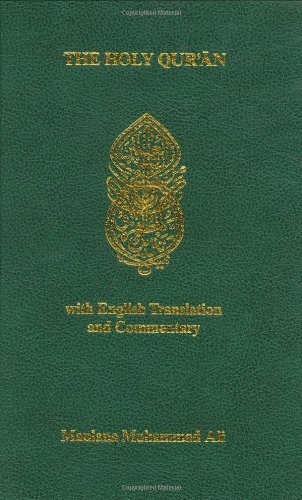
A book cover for The Holy Qur'an with English Translation and Commentary (English and Arabic Edition); Maulana Muhammad Ali; Religion & Spirituality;